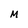
Character: M